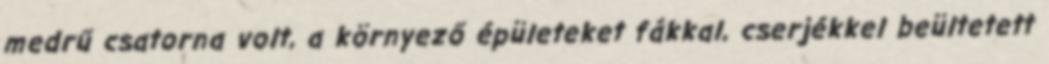
medrű csatorna volt, a környező épületeket fákkal, cserjékkel beültetett